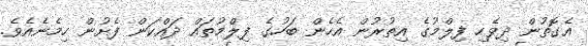
އެގޮތުން ދިވެހި ފިލްމުގެ އިތުރުން އެހެން ބަހުގެ ފިލްމުތައް ދައްކަން ފެށުން ހިމެނެއެވެ.